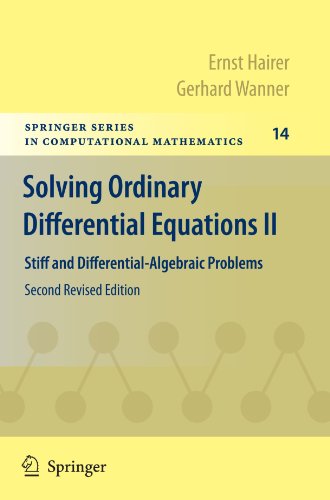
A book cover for Solving Ordinary Differential Equations II: Stiff and Differential-Algebraic Problems (Springer Series in Computational Mathematics); Ernst Hairer; Science & Math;